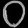
Digit: ၀